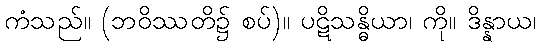
ကံသည်။ (ဘဝိဿတိ၌ စပ်)။ ပဋိသန္ဓိယာ၊ ကို။ ဒိန္နာယ၊